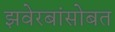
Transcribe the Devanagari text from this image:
झवेरबांसोबत